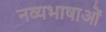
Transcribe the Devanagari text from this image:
नव्यभाषाओं